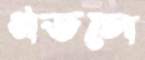
গডসে